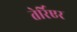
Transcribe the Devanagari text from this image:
तेर्रिएर